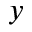
y